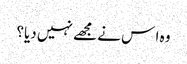
وہ ا س نے مجھے نہیں دیا؟